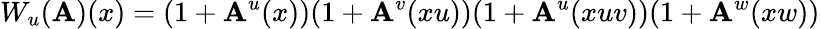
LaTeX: W_{u}(\mathbf{A})(x)=(1+\mathbf{A}^{u}(x))(1+\mathbf{A}^{v}(xu))(1+\mathbf{A}^{u}(xuv))(1+\mathbf{A}^{w}(xw))